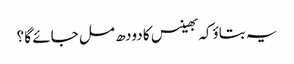
یہ بتاؤکہ بھینس کا دودھ مل جائے گا ؟